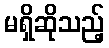
မရှိဆိုသည့်